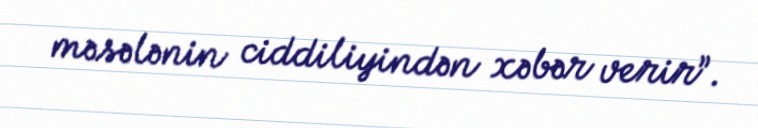
məsələnin ciddiliyindən xəbər verir”.